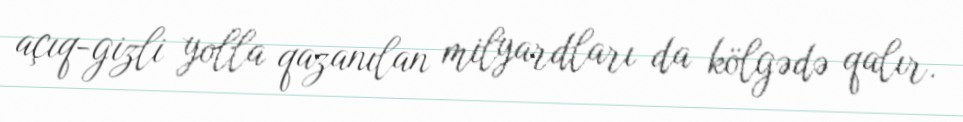
açıq-gizli yolla qazanılan milyardları da kölgədə qalır.